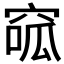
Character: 𥦫